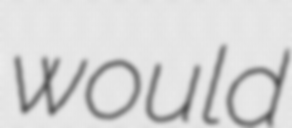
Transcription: would